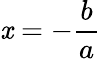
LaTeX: \mathit{x}=-{\frac{{b}}{{a}}}